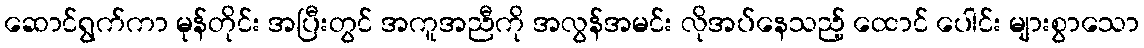
ဆောင်ရွက်ကာ မုန်တိုင်း အပြီးတွင် အကူအညီကို အလွန်အမင်း လိုအပ်နေသည့် ထောင် ပေါင်း များစွာသော